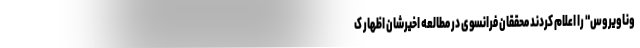
وناویروس" را اعلام کردند محققان فرانسوی در مطالعه اخیرشان اظهار ک